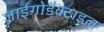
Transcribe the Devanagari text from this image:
ज़ाईगोडैक्टाइल